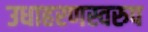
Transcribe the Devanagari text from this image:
उधाहरणस्वरुप